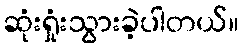
ဆုံးရှုံးသွားခဲ့ပါတယ်။